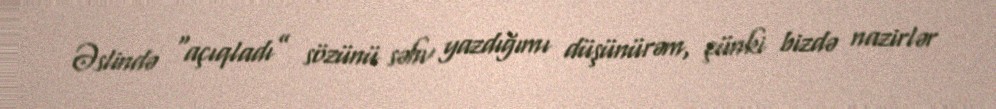
Əslində “açıqladı” sözünü səhv yazdığımı düşünürəm, çünki bizdə nazirlər